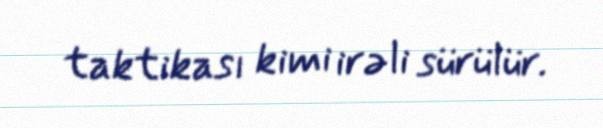
taktikası kimi irəli sürülür.